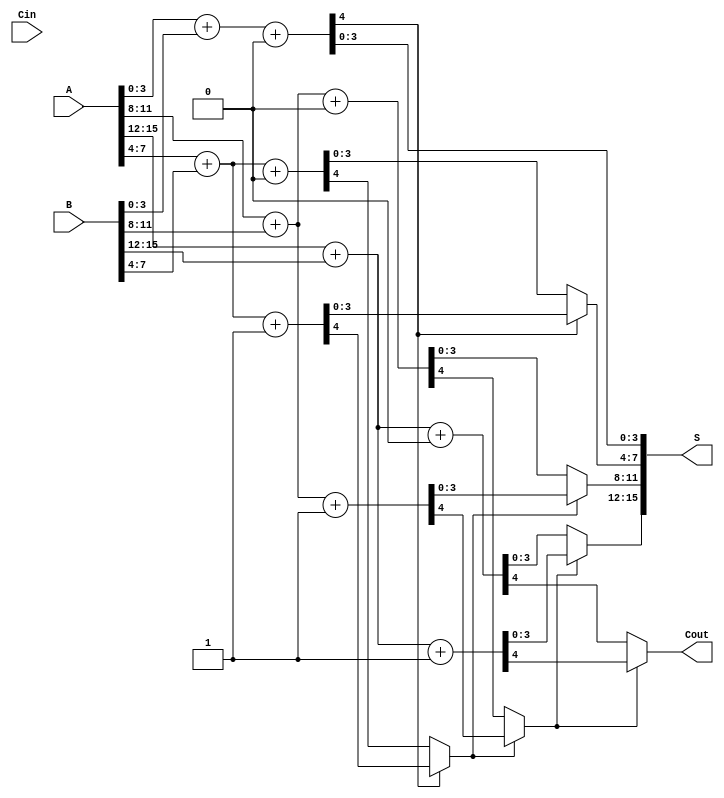
module RCCSA #(parameter N = 16, // Total bit-width
                parameter M = 4)  // Segment bit-width
(
    input  [N-1:0] A,       // First operand
    input  [N-1:0] B,       // Second operand
    input  Cin,             // Carry-in
    output [N-1:0] S,       // Sum output
    output Cout             // Carry-out
);

    localparam NUM_SEGMENTS = N / M; // Number of segments
    wire [M-1:0] sum [0:NUM_SEGMENTS-1]; // Sum outputs for each segment
    wire [NUM_SEGMENTS:0] carry; // Carry outputs for each segment

    // Generate the carry for each segment
    genvar i;
    generate
        for (i = 0; i < NUM_SEGMENTS; i = i + 1) begin : adder_segment
            wire [M-1:0] A_segment = A[M*i +: M]; // Extract M bits from A
            wire [M-1:0] B_segment = B[M*i +: M]; // Extract M bits from B
            
            // Calculate sum and carry assuming Cin = 0
            wire [M:0] sum0, sum1; // 1 extra bit for carry
            assign sum0 = A_segment + B_segment + 1'b0; // Carry-in = 0
            assign sum1 = A_segment + B_segment + 1'b1; // Carry-in = 1
            
            // Select the appropriate sum based on carry
            if (i == 0) begin
                assign sum[i] = sum0[M-1:0]; // First segment uses Cin directly
                assign carry[i+1] = sum0[M]; // Carry-out for first segment
            end else begin
                assign sum[i] = carry[i] ? sum1[M-1:0] : sum0[M-1:0];
                assign carry[i+1] = carry[i] ? sum1[M] : sum0[M];
            end
        end
    endgenerate

    // Final output assignments
    assign S = {sum[NUM_SEGMENTS-1], sum[NUM_SEGMENTS-2], sum[NUM_SEGMENTS-3], sum[NUM_SEGMENTS-4]};
    assign Cout = carry[NUM_SEGMENTS];

endmodule